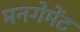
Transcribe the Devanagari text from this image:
मनगेमेंट